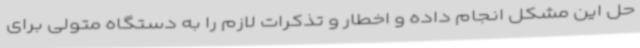
حل این مشکل انجام داده و اخطار و تذکرات لازم را به دستگاه متولی برای